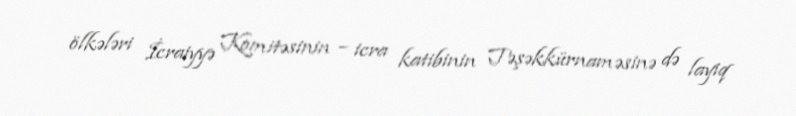
ölkələri İcraiyyə Komitəsinin – icra katibinin Təşəkkürnaməsinə də layiq